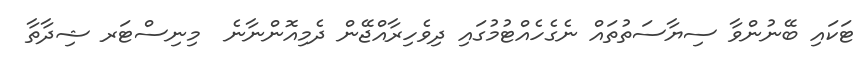
ޓަކައި ބޭނުންވާ ސިޔާސަތުތައް ނެގެހެއްޓުމުގައި ދިވެހިރާއްޖޭން ދެމިއޮންނާނެ  މިނިސްޓަރ ޝިދާތާ